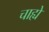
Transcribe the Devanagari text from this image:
चाह्ये